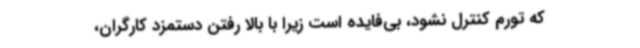
که تورم کنترل نشود، بی‌فایده است زیرا با بالا رفتن دستمزد کارگران،